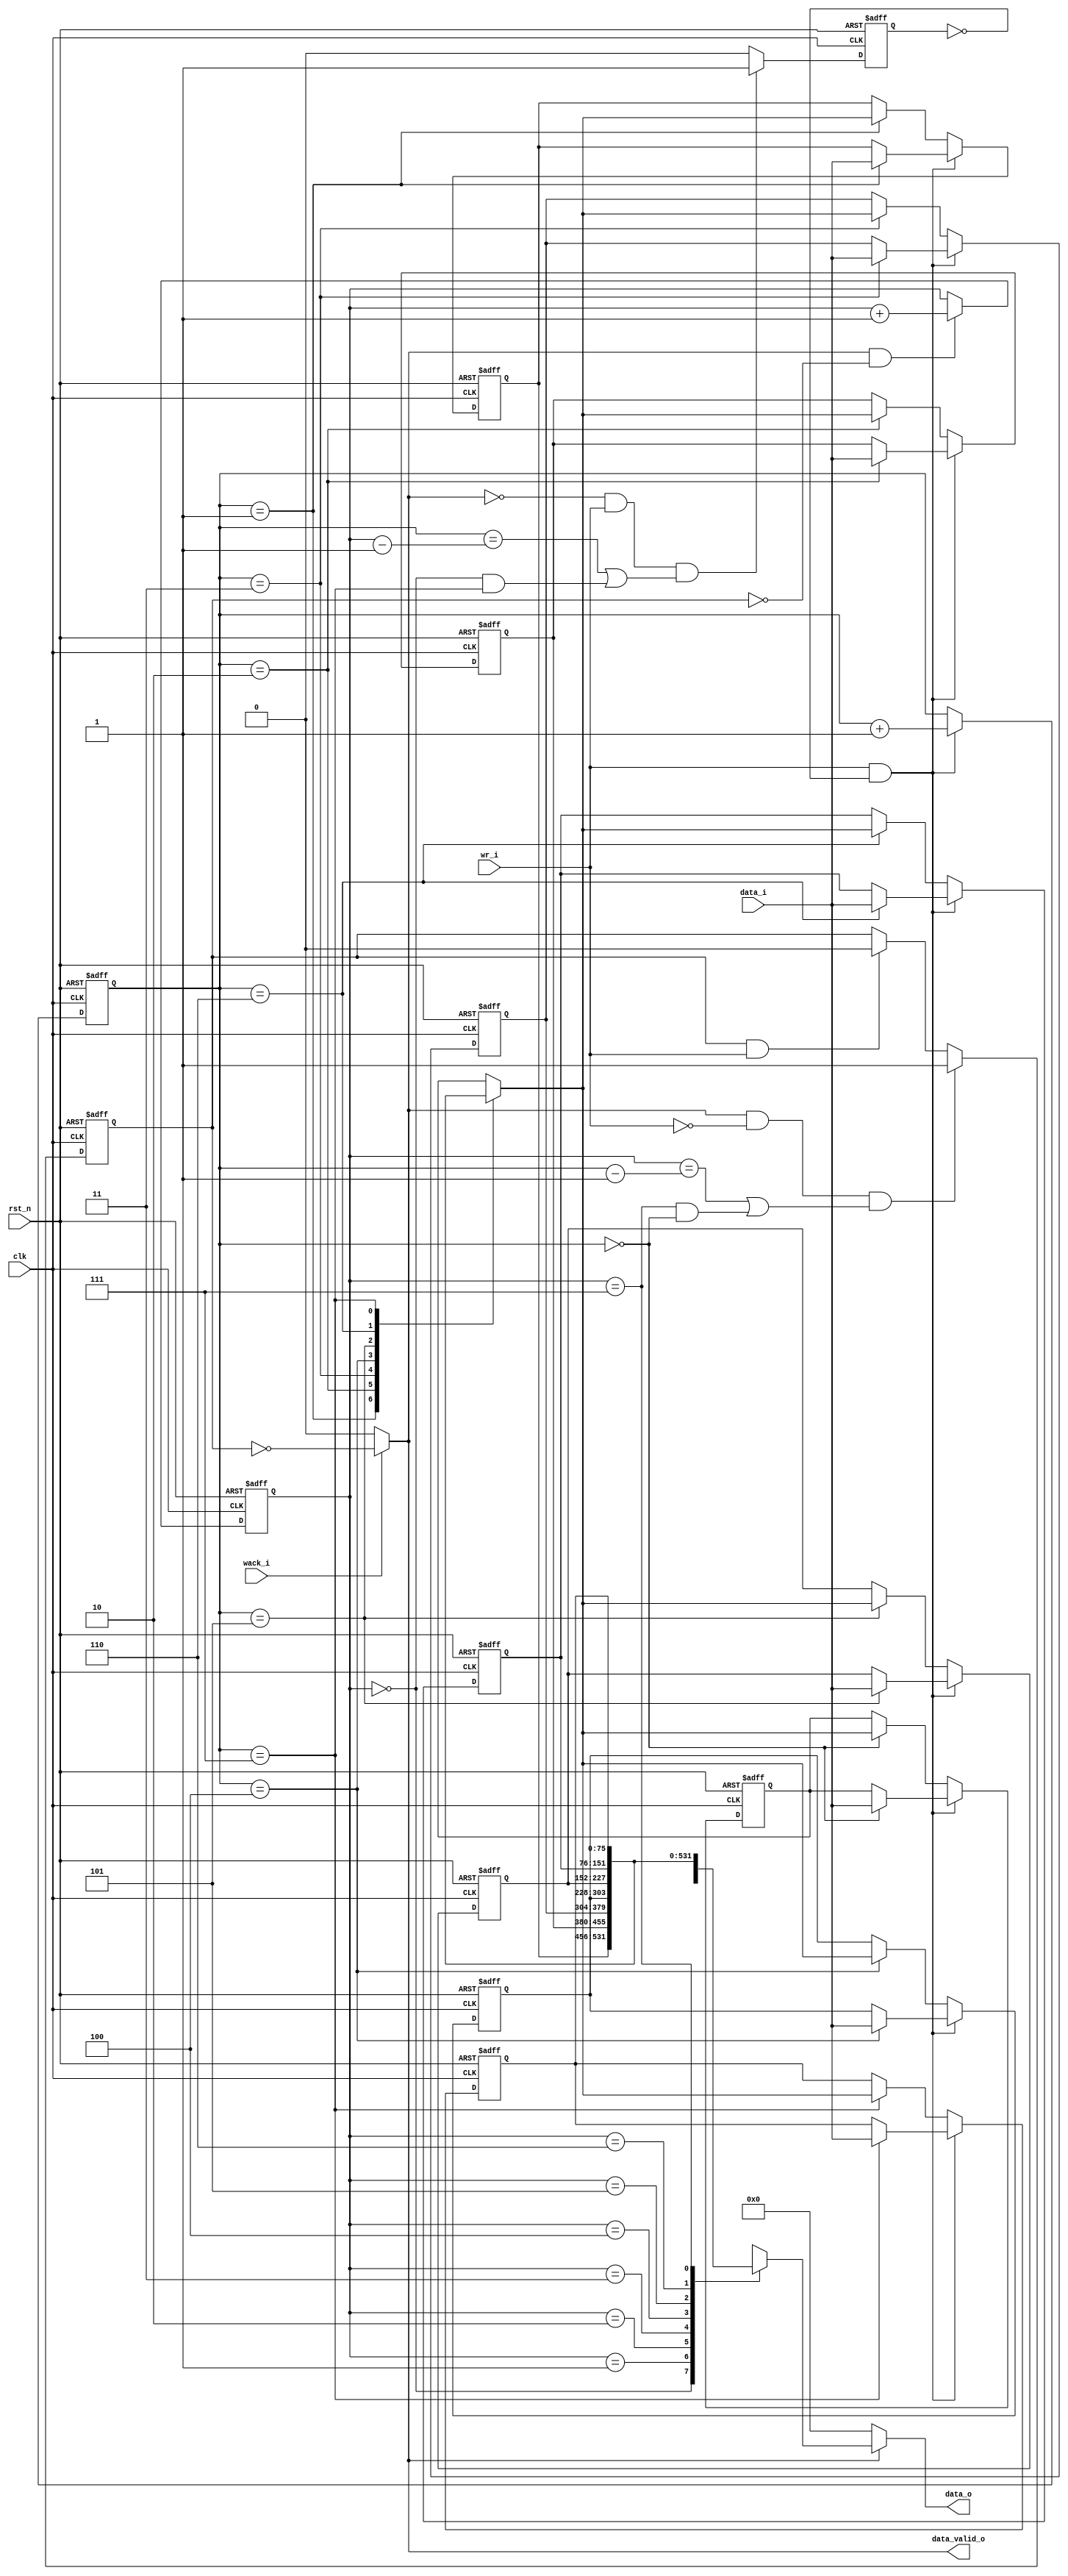
module cabac_pipo(
	clk,
	rst_n,
	data_i,
	wr_i,
	wack_i,
	data_o,
	data_valid_o
	);

//---------------input and output declaration---------------//
input clk;
input rst_n;
input [75:0] data_i;

input wr_i;
input wack_i;//from binarization

output [75:0] data_o;
output data_valid_o;

//-----------------reg and wire declaration-----------------//
wire [75:0] data_o;
wire rd_r;
reg full_r,empty_r;
reg [75:0] mem [7:0];
reg [2:0] rdpoint_r,wrpoint_r;

//--------------------------logic-------------------------//
//write in
integer i;
always @(posedge clk or negedge rst_n) begin
	if(!rst_n)
	begin
		for(i=0; i<8; i=i+1)
			mem[i] <= 0;	
	end
	else if(wr_i && ~full_r)
		mem[wrpoint_r] <= data_i;
	else 
		mem[wrpoint_r] <= mem[wrpoint_r];
end

always @(posedge clk or negedge rst_n) begin
	if (!rst_n)
		wrpoint_r <= 3'b0;	
	else if (wr_i && ~full_r)
		wrpoint_r <= wrpoint_r + 1'b1; 
	else begin
		wrpoint_r <= wrpoint_r;
	end
end

//read out
assign rd_r = wack_i ? (!empty_r) : 1'b0;

always @(posedge clk or negedge rst_n) begin
	if(!rst_n)
		rdpoint_r <= 3'b0;
	else if(rd_r && ~empty_r)
		rdpoint_r <= rdpoint_r + 1'b1;
	else 
		rdpoint_r <= rdpoint_r;
end

//full signal generate
always @(posedge clk or negedge rst_n) begin
	if(!rst_n)
		full_r <= 1'b0;
	else if((~rd_r && wr_i) && ((wrpoint_r == rdpoint_r - 1'b1)||(rdpoint_r == 3'b0 && wrpoint_r == 3'b111)))
		full_r <= 1'b1;
	else if(full_r && rd_r)
		full_r <= 1'b0;
	else 
		full_r <= 1'b0;
end

//empty signal generate
always @(posedge clk or negedge rst_n) begin
	if(!rst_n)
		empty_r <= 1'b1;
	else if((rd_r && ~wr_i) && ((rdpoint_r == wrpoint_r - 1'b1)||(rdpoint_r == 3'b111 && wrpoint_r == 3'b0)))
		empty_r <= 1'b1;
	else if(empty_r && wr_i)
		empty_r <= 1'b0;
	else 
		empty_r <= empty_r;
end

//output
assign data_o = rd_r? mem[rdpoint_r] : 0;
assign data_valid_o = rd_r;

endmodule